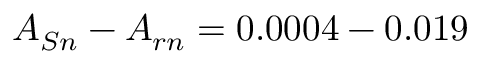
A _ { S n } - A _ { r n } = 0 . 0 0 0 4 - 0 . 0 1 9